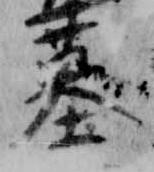
墓